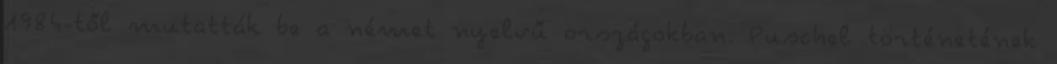
1984-től mutatták be a német nyelvű országokban. Puschel történetének